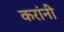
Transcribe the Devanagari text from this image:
करांनी